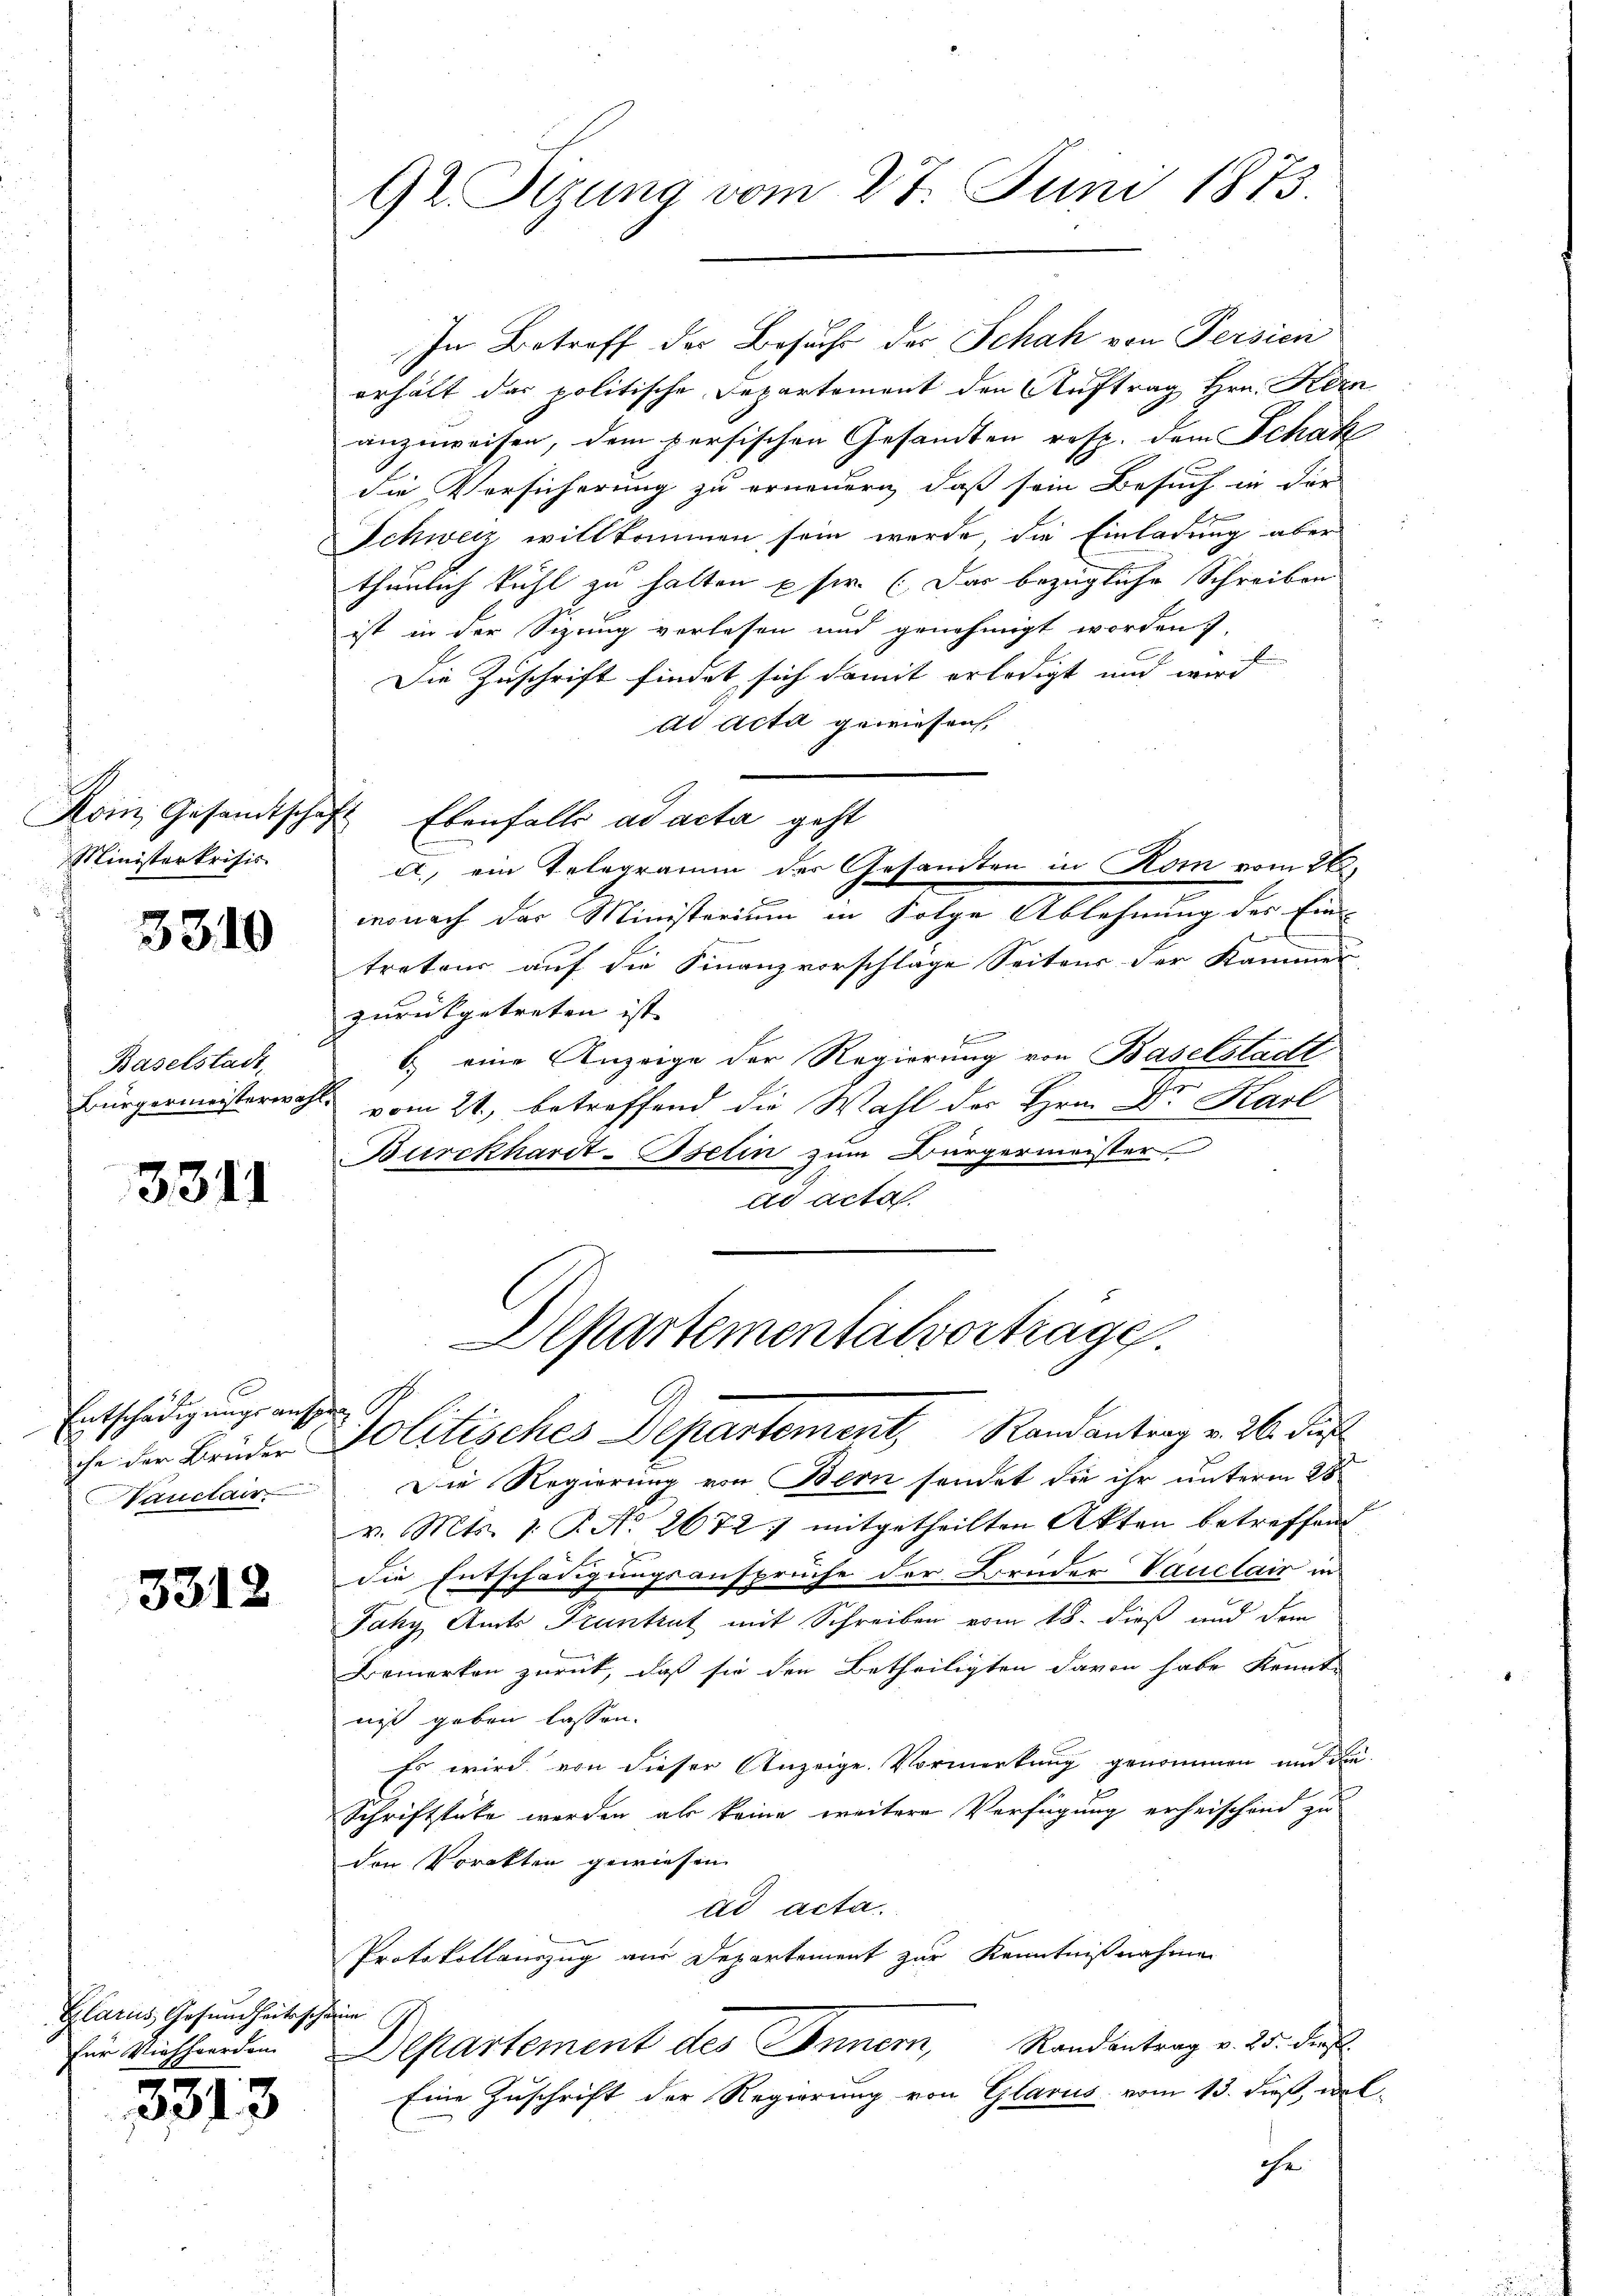
Koin, Gesandtsch
Ministerkrisis

3310

Baselstadt
Bürgermeisterwah¬

3311

Entschädigungs aus
che der Brüder
Vauctair

3312

Glarus Gesundheitssch
für Viehherden

3313

92. Sitzung vom 27. Juni 1873.

In Betreff der Besuche der Schah von Persien
erhält das politische Departement den Auftrag Hrn. Kern
anzuweisen, dem persischen Gesandten resp. dem Schak
die Versicherung zu erneuern, daß sein Besuch in der
Schweiz willkommen sein werde die Einladung aber
thunlich kühl zu halten pfer. (Das bezügliche Schreiben
ist in der Sizung verlesen und genehmigt worden.
b
Die Zuschrift findet sich damit erledigt und wird
dd Acta gewiesen,
 Ebenfalls ad acta geht
monach das Ministerium in Folge Ablehnung des Ein-
tretens auf die Finanzvorschlage Seitens der Kammer-
zurückgetreten ist. |
6.) eine Anzeige der Regierung von Baselstadt
vom 21., betreffend die Wahl des Hrn. Dr. Karl
Burckhardt-Iselin zum Bürgermeister
ad acta
Departementalvertrage
C
Jolitisches Departement, Randantrag v. 26. Jus
Die Regierung von Bern sendet die ihr unterm 28
v. Mts. 1. P. No. 26727 mitgetheilten Akten betreffend
die Entschädigungsansprüche der Bruder Vauclain in
Jahy Amts Pruntrut mit Schreiben vom 18. dieß und dem
Bemerken zurück, daß sie den Betheiligten davon habe kennt
niß geben lassen.
Es wird von dieser Anzeige. Vormerkung genommen und die
Schriftstüke werden als keine weitere Verfügung erheischend zu
den Vorakten gewiesen
ad acta.
Protokollauszug am Departement zur Kenntnißnahmen
brin
Departement des Innern, Randantrag v. 25. die
Eine Zuschrift der Regierung von Glarus vom 13. dieß, wel
che

a., ein Telegramm der Gesandten in Korn vom 26.

2